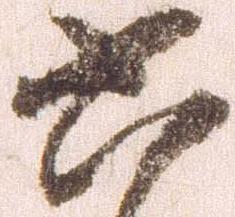
六